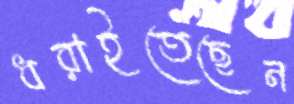
ধরাইতেছেন